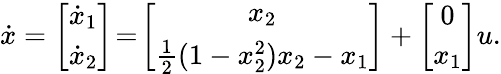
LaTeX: \begin{array}{r}{\dot{x}=\left[\begin{array}{c}{\dot{x}_{1}}\\ {\dot{x}_{2}}\end{array}\right]\! =\! \left[\begin{array}{c}{x_{2}}\\ {\frac{1}{2}(1-x_{2}^{2})x_{2}-x_{1}}\end{array}\right]+\left[\begin{array}{c}{0}\\ {x_{1}}\end{array}\right]u.}\end{array}